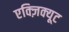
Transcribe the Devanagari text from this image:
एक्ज़िक्यूट